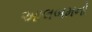
આલબમનો